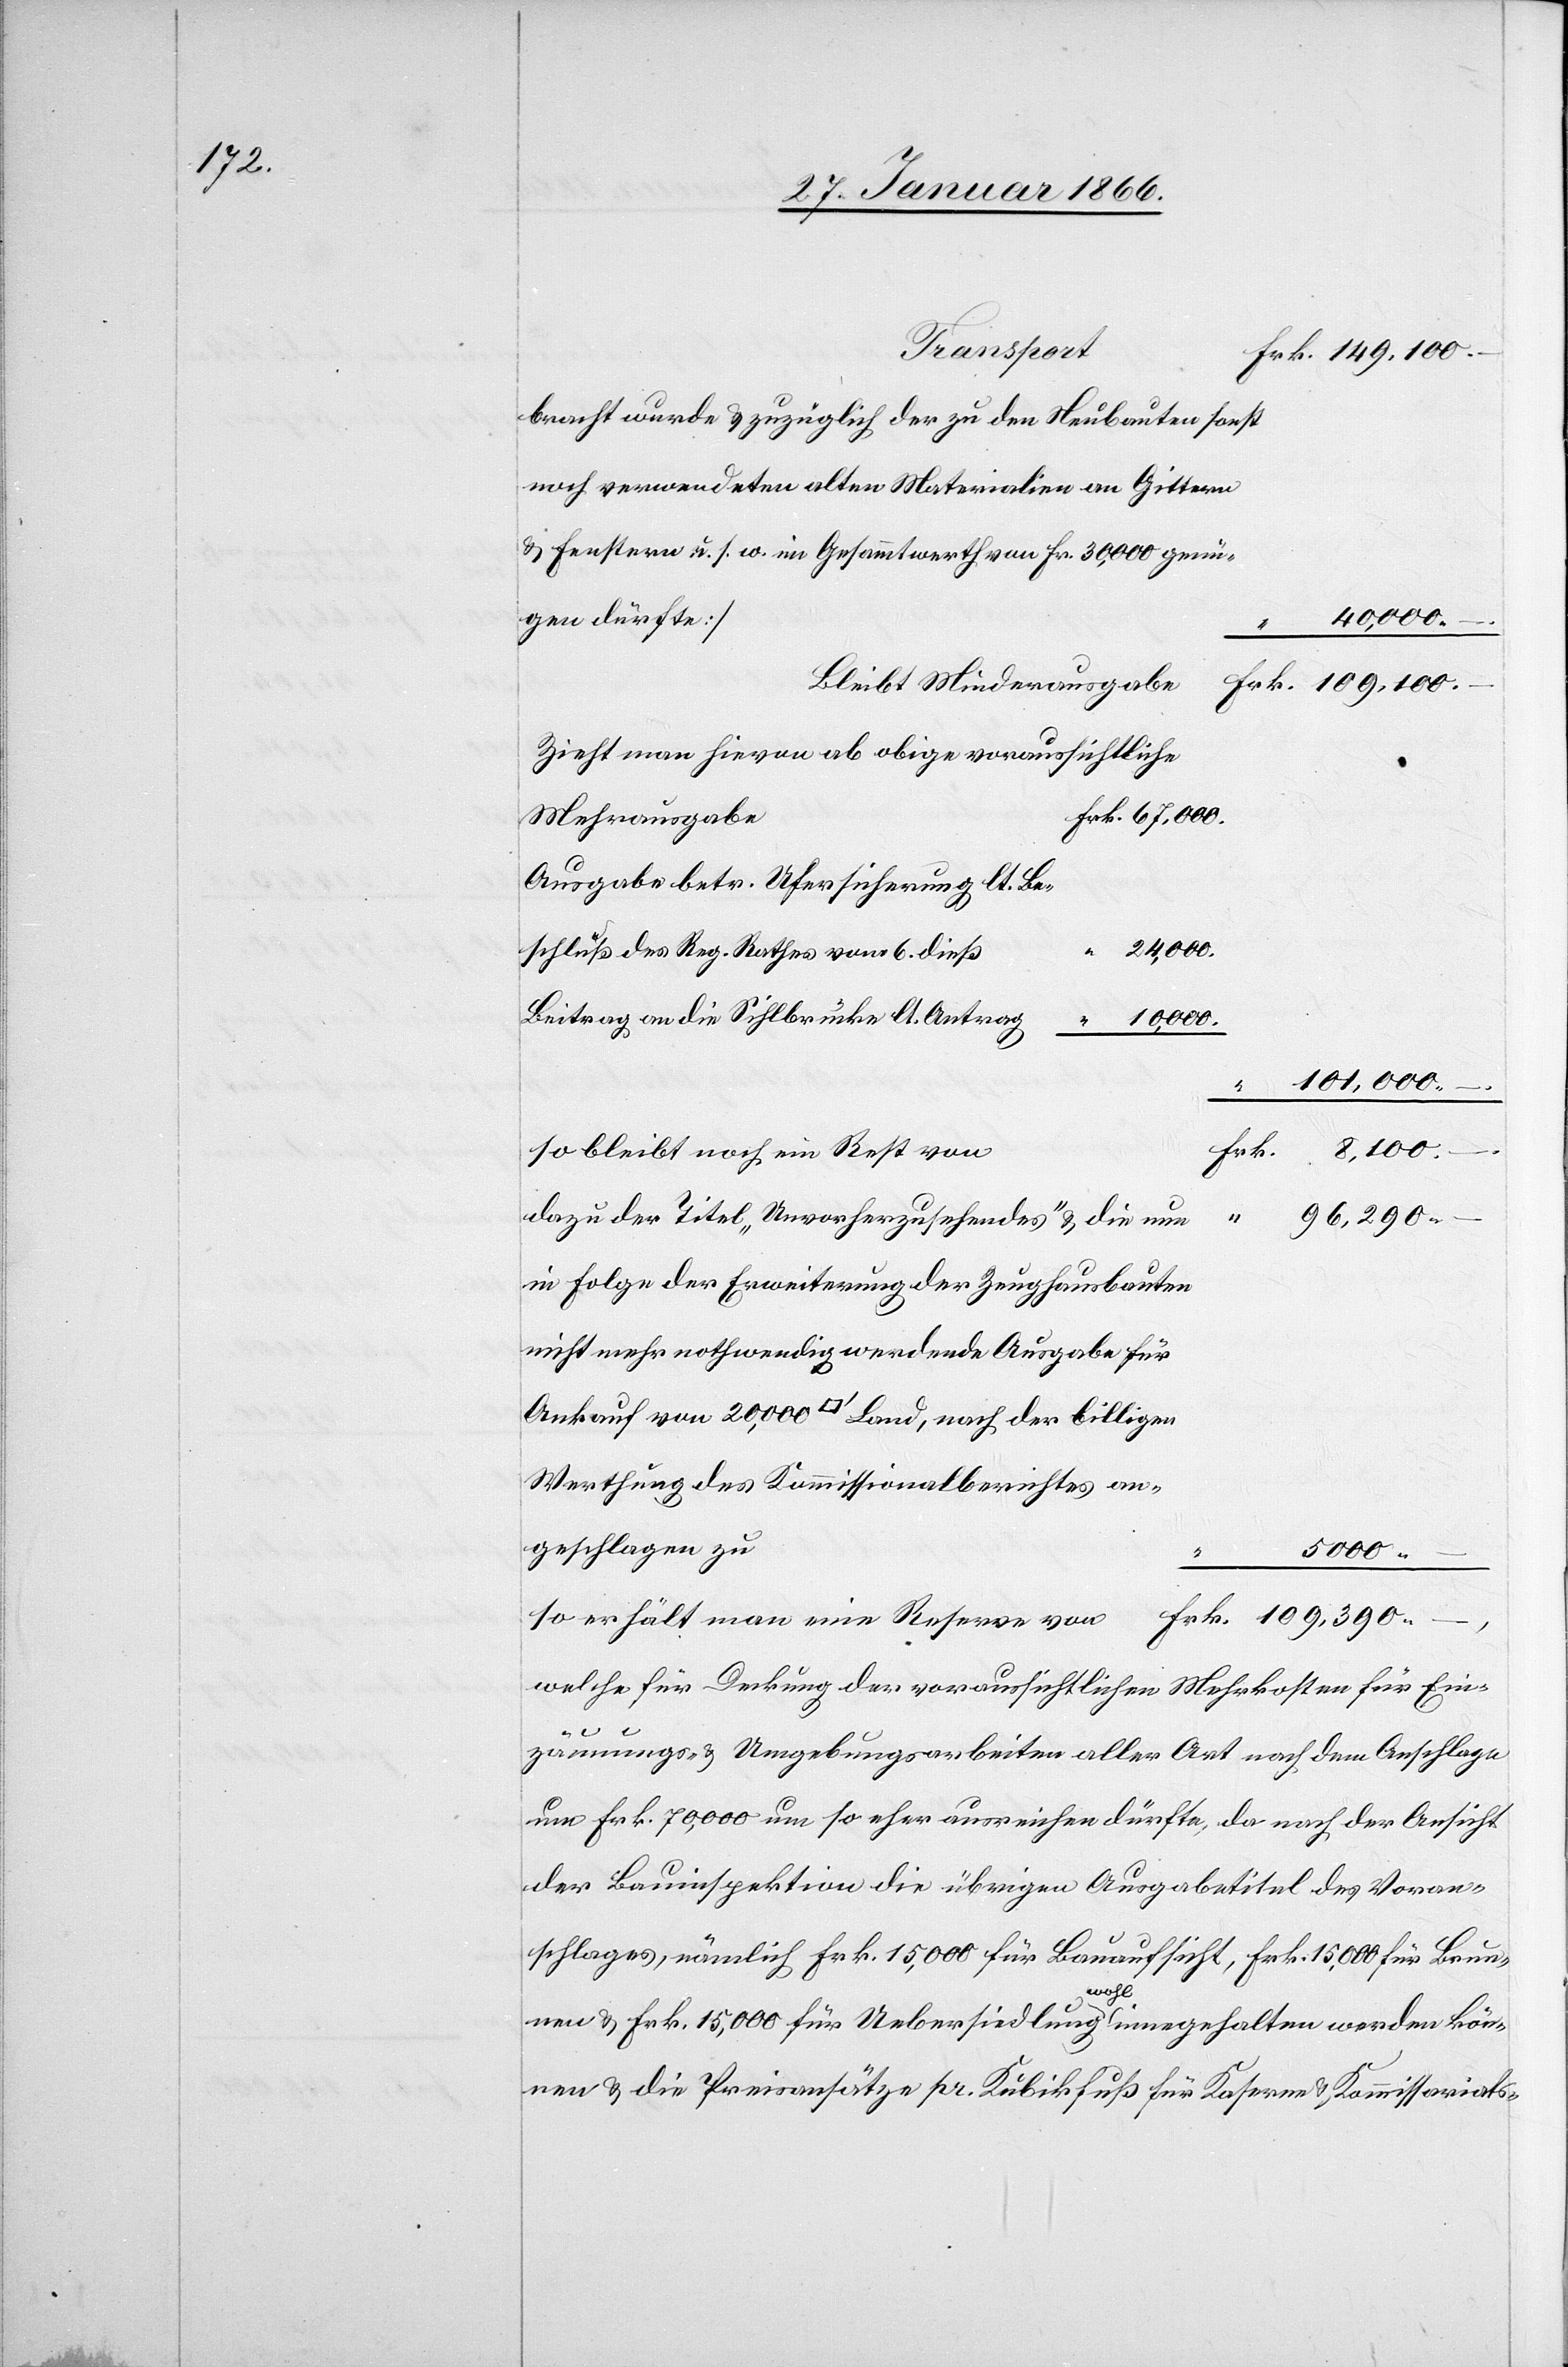
bracht wurde u. zuzüglich der zu den Neubauten sonst
noch verwendeten alten Materialien an Gittern
u. Fenstern u. s. w. im Gesammtwerth von Fr. 30,000 gen¬
10,000.
“
Bleibt Minderausgabe	Frk.
109 000.–
Zeiht man hievon ab obige voraussichtliche
e	Frk. 67,000.
Mehrausgab¬
Ausgabe betr. Ufersicherung lt. Bes¬
6.
24,000.
Beitrag an die Sihlbrücke lt. Antrag
101,000.–
so bleibt noch ein Rest
96,290.–
dazu der Titel „Unvorherzusehendes“ u. die
in Folge der Erweiterung der Zeughausbauten
nicht mehr nothwendig werdende Ausgabe für
Ankauf von 20,000 [Quadratfuß] Land, nach der billigen
Werthung des Kommissionalberichtes an¬
geschlagen
5000.–
so erhält man eine Reserve von						Frk. 109,390.–,
vom
welche für Deckung der voraussichtlichen Mehrkosten für Ein¬
zäunungs- u. Umgebungsarbeiten aller Art nach dem Anschlage
um Frk. 70,000 um so eher ausreichen dürfte, da nach der Ansicht
der Bauinspektion die übrigen Ausgabetitel des Voran¬
schlages, nämlich Frk. 15,000 für Bauaufsicht, Frk. 15,000 für Brun¬
nen u. Frk. 15,000 für Uebersiedlung wohl eingehalten werden kön¬
nen u. die Preisansätze pr. Kubikfuß für Kaserne u. Kommissariats-